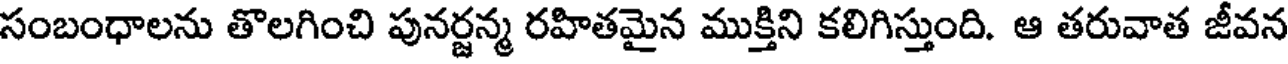
సంబంధాలను తొలగించి పునర్జన్మ రహితమైన ముక్తిని కలిగిస్తుంది. ఆ తరువాత జీవన